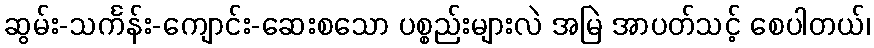
ဆွမ်း-သင်္ကန်း-ကျောင်း-ဆေးစသော ပစ္စည်းများလဲ အမြဲ အာပတ်သင့် စေပါတယ်၊